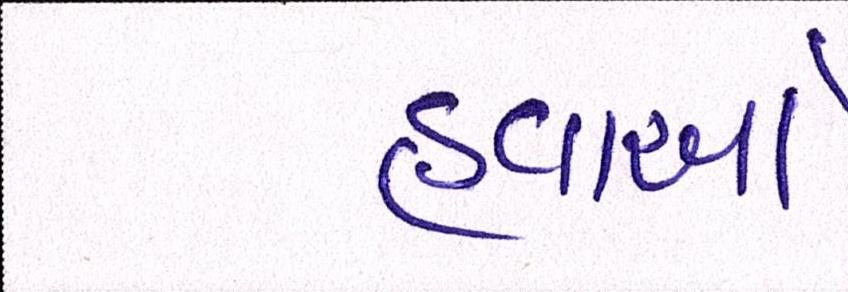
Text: હવાઓ